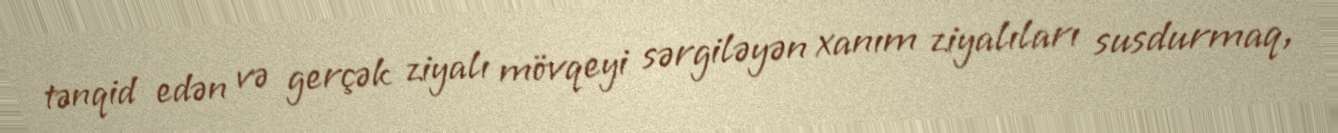
tənqid edən və gerçək ziyalı mövqeyi sərgiləyən xanım ziyalıları susdurmaq,